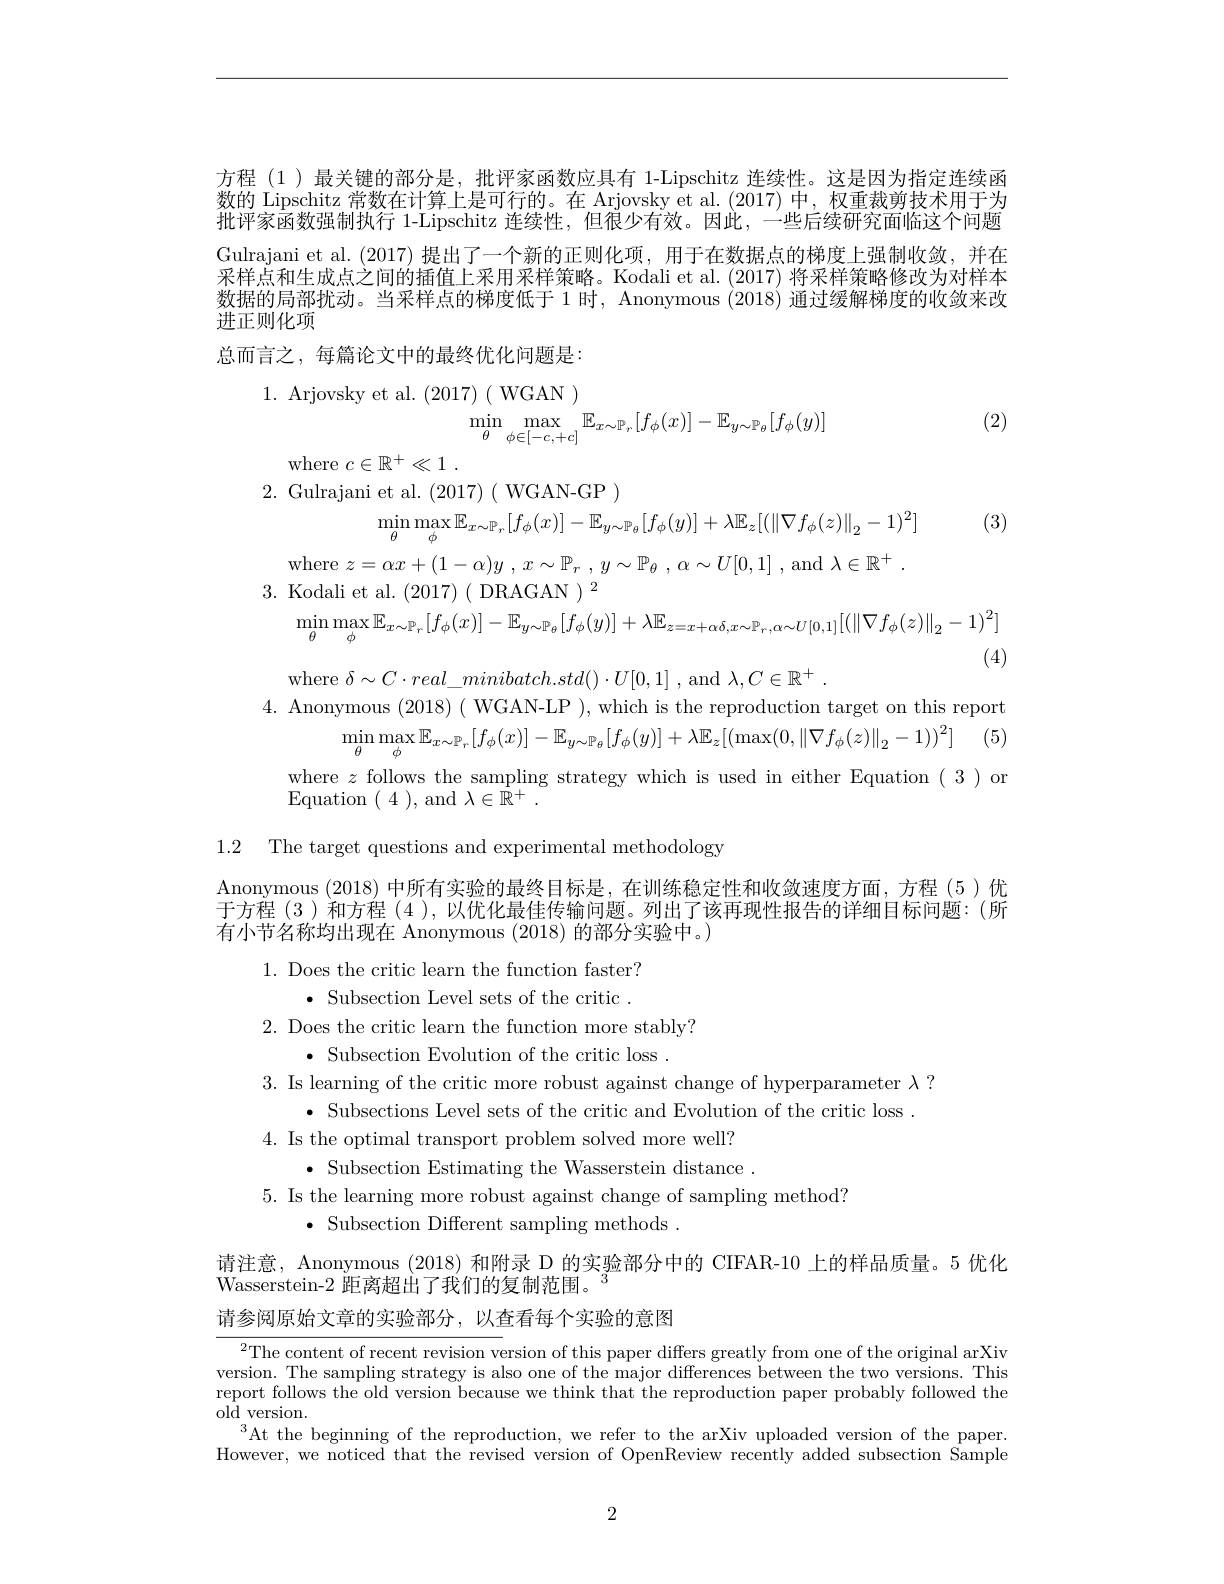
方程(1)最关键的部分是，批评家函数应具有 1-Lipschitz 连续性。这是因为指定连续函数的 Lipschitz 常数在计算上是可行的。在 Arjovsky et al.(2017) 中，权重裁剪技术用于为批评家函数强制执行 1-Lipschitz 连续性，但很少有效。因此，一些后续研究面临这个问题Gulrajani et al. (2017) 提出了一个新的正则化项，用于在数据点的梯度上强制收敛，并在采样点和生成点之间的插值上采用采样策略。Kodali et al. (2017) 将采样策略修改为对样本数据的局部扰动。当采样点的梯度低于 1 时，Anonymous (2018) 通过缓解梯度的收敛来改进正则化项
总而言之，每篇论文中的最终优化问题是：

1. Arjovsky et al. (2017)( WGAN )
$$\min_{\theta}\max_{\phi\in[-c,+c]}\mathbb{E}_{x\sim\mathbb{P}_{r}}[f_{\phi}(x)]-\mathbb{E}_{y\sim\mathbb{P}_{\theta}}[f_{\phi}(y)]$$
(2)

where $c\in \mathbb{R} ^+ \ll 1$ .

(3)

2. Gulrajani et al. (2017) ( WGAN-GP )
$$\min\limits_{\theta}\max\limits_{\phi}\mathbb{E}_{x\sim\mathbb{P}_r}[f_\phi(x)]-\mathbb{E}_{y\sim\mathbb{P}_\theta}[f_\phi(y)]+\lambda\mathbb{E}_z[(\|\nabla f_\phi(z)\|_2-1)^2]$$
where $z= \alpha x+ ( 1- \alpha ) y$ , $x\sim \mathbb{P} _r$ , $y\sim \mathbb{P} _\theta$ , $\alpha \sim U[ 0, 1]$ ,and $\lambda \in \mathbb{R} ^+$ .
3. Kodali et al. (2017)( DRAGAN $)^2$
$$\min_{\theta}\max_{\phi}\mathbb{E}_{x\sim\mathbb{P}_{r}}[f_{\phi}(x)]-\mathbb{E}_{y\sim\mathbb{P}_{\theta}}[f_{\phi}(y)]+\lambda\mathbb{E}_{z=x+\alpha\delta,x\sim\mathbb{P}_{r},\alpha\sim U[0,1]}[(\|\nabla f_{\phi}(z)\|_{2}-1)^{2}]$$
(4)
where $\delta\sim C\cdot real\_minibatch.std()\cdot U[0,1]$ , and $\lambda,C\in\mathbb{R}^+.$
4. Anonymous (2018) ( WGAN-LP ), which is the reproduction target on this report
$$\min_{\theta}\max_{\phi}\mathbb{E}_{x\sim\mathbb{P}_{r}}[f_{\phi}(x)]-\mathbb{E}_{y\sim\mathbb{P}_{\theta}}[f_{\phi}(y)]+\lambda\mathbb{E}_{z}[(\max(0,\|\nabla f_{\phi}(z)\|_{2}-1))^{2}]$$
where $z$ follows the sampling strategy which is used in either Equation ( 3 )or
Equation ( 4 ) , and $\lambda \in \bar{R} ^+$ .

1.2 The target questions and experimental methodology

Anonymous (2018)中所有实验的最终目标是，在训练稳定性和收敛速度方面，方程 (5)优于方程(3)和方程(4),以优化最佳传输问题。列出了该再现性报告的详细目标问题：(所有小节名称均出现在 Anonymous (2018) 的部分实验中。)

1. Does the critic learn the function faster?
$\bullet$ Subsection Level sets of the critic .
2. Does the critic learn the function more stably?
$\bullet$ Subsection Evolution of the critic loss .
3. Is learning of the critic more robust against change of hyperparameter $\lambda?$
$\bullet$ Subsections Level sets of the critic and Evolution of the critic loss .
4. Is the optimal transport problem solved more well?
$\bullet$ Subsection Estimating the Wasserstein distance .
5. Is the learning more robust against change of sampling method?
$\bullet$ Subsection Different sampling methods .

请注意，Anonymous (2018) 和附录 D 的实验部分中的 CIFAR-10 上的样品质量。5 优化
Wasserstein-2 距离超出了我们的复制范围。$^{3}$
请参阅原始文章的实验部分，以查看每个实验的意图

$^{2}$The content of recent revision version of this paper differs greatly from one of the original arXiv version. The sampling strategy is also one of the major differences between the two versions. This report follows the old version because we think that the reproduction paper probably followed the ${\mathrm{old}}$version.
$^3$At the beginning of the reproduction, we refer to the arXiv uploaded version of the paper. However, we noticed that the revised version of OpenReview recently added subsection Sample

2